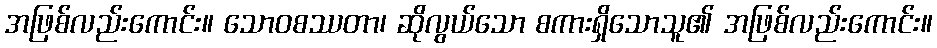
အဖြစ်လည်းကောင်း။ သောဝစဿတာ၊ ဆိုလွယ်သော စကားရှိသောသူ၏ အဖြစ်လည်းကောင်း။